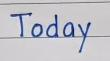
Today